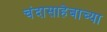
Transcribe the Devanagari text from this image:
चंदासाहेबाच्या